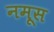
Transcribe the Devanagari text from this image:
नमूस